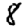
Digit: 8